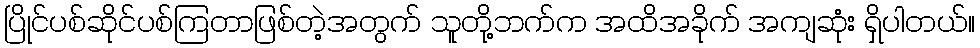
ပြိုင်ပစ်ဆိုင်ပစ်ကြတာဖြစ်တဲ့အတွက် သူတို့ဘက်က အထိအခိုက် အကျဆုံး ရှိပါတယ်။